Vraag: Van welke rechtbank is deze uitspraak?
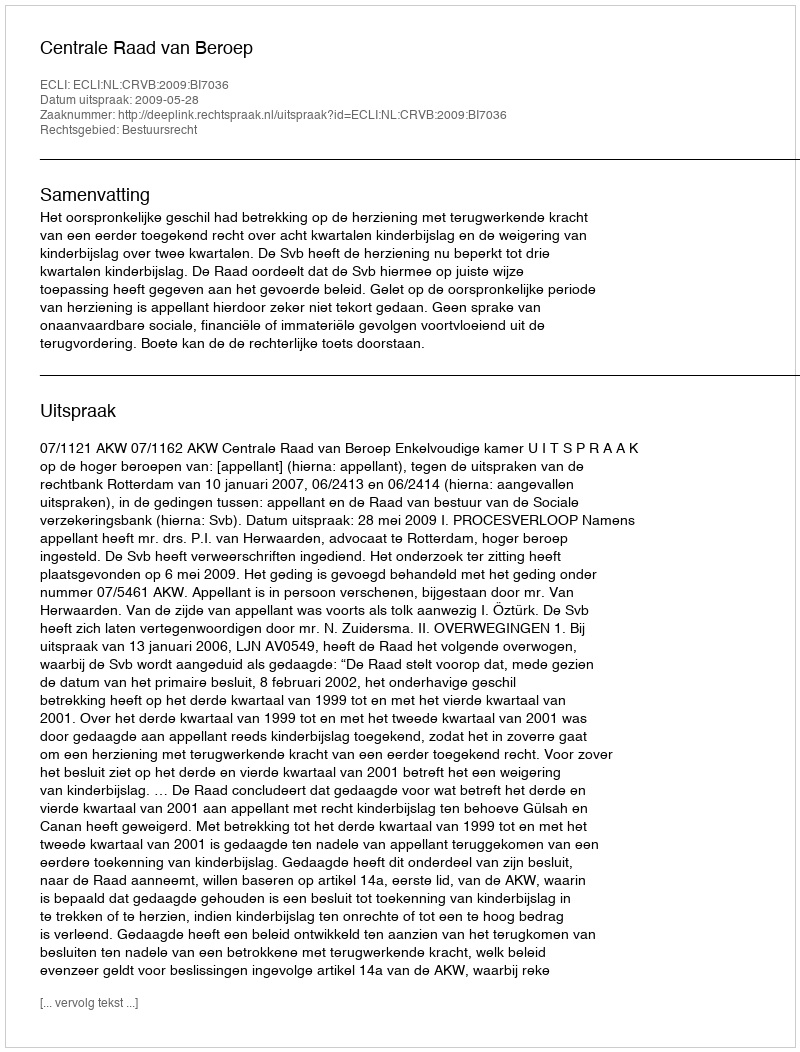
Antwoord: Centrale Raad van Beroep